Bulletin of the Pasteur Institute of Southern India, Coonoor - No. 3.
Year: 1910
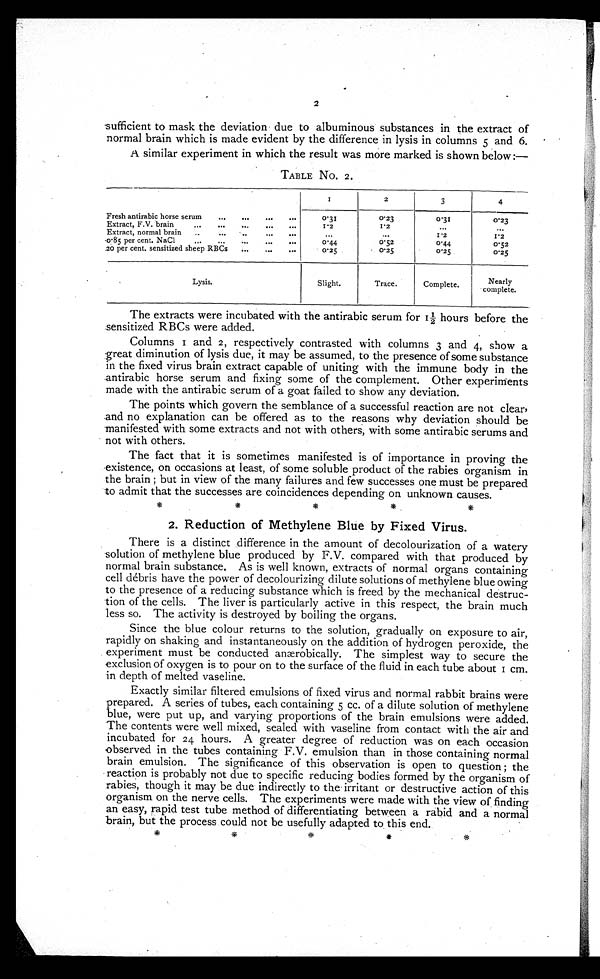
2
sufficient to mask the deviation due to albuminous substances in the extract of
normal brain which is made
evident by the difference in lysis in columns 5 and.6.
A similar experiment in which the result was more marked is shown below :—
TABLE No. 2.
1
2
3
4
Fresh antirabic horse serum
...
0.31
0.23
0.31
0.23
Extract, F.V. brain
1.2
1.2
Extract, normal brain
1.2
1.2
0.85 per cent. NaC1
0.44
0.52
0.44
0.52
20 per cent. sensitized sheep RBCs
0.25
0.25
0.25
0.25
Lysis.
Slight.
Trace.
Complete.
Nearly
complete.
The extracts were incubated with the antirabic serum for 1½ hours before the
sensitized RBCs were added.
Columns 1 and 2, respectively contrasted with columns 3 and 4, show a
great diminution of lysis due, it may be assumed, to the presence of some substance
in the fixed virus brain extract capable of uniting with the immune body in the
antirabic horse serum and fixing some of the complement. Other experiments
made with the antirabic serum of a goat failed to show any deviation.
The points which govern the semblance of a successful reaction are not clear,
and no explanation can be offered as to the reasons why deviation should be
manifested with some extracts and not with others, with some antirabic serums and
not with others.
The fact that it is sometimes manifested is of importance in proving the
existence, on occasions at least, of some soluble product of the rabies organism in
the brain ; but in view of the many failures and few successes one must be prepared
to admit that the successes are coincidences depending on unknown causes.
2. Reduction of Methylene Blue by Fixed Virus.
There is a distinct difference in the amount of decolourization of a watery
solution of methylene blue produced by F.V. compared with that produced by
normal brain substance. As is well known, extracts of normal organs containing
cell débris have the power of decolourizing dilute solutions of methylene blue owing
to the presence of a reducing substance which is freed by the mechanical destruc--
tion of the cells. The liver is particularly active in this respect, the brain much
less so. The activity is destroyed by boiling the organs.
Since the blue colour returns to the solution, gradually on exposure to air,
rapidly on shaking and instantaneously on the addition of hydrogen peroxide, the
experiment must be conducted anærobically. The simplest way to secure the
exclusion of oxygen is to pour on to the surface of the fluid in each tube about 1 cm.
in depth of melted vaseline.
Exactly similar filtered emulsions of fixed virus and normal rabbit brains were
prepared. A series of tubes, each containing 5 cc. of a dilute solution of methylene
blue, were put up, and varying proportions of the brain emulsions were added.
The contents were well mixed, sealed with vaseline from contact with the air and
incubated for 24 hours. A greater degree of reduction was on each occasion
observed in the tubes containing F.V. emulsion than in those containing normal
brain emulsion. The significance of this observation is open to question ; the
reaction is probably not due to specific reducing bodies formed by the organism of
rabies, though it may be due indirectly to the irritant or destructive action of this
organism on the nerve cells. The experiments were made with the view of finding
an easy, rapid test tube method of differentiating between a rabid and a normal
brain, but the process could not be usefully adapted to this end.